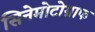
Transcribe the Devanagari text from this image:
सिनेमोटोग्राफ